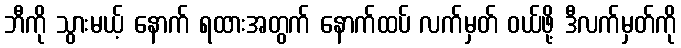
ဘီကို သွားမယ့် နောက် ရထားအတွက် နောက်ထပ် လက်မှတ် ဝယ်ဖို့ ဒီလက်မှတ်ကို